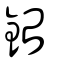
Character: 鈶